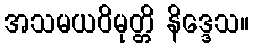
အသမယဝိမုတ္တိ နိဒ္ဒေသ။